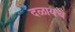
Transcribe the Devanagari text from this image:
दळायचे